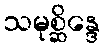
သမုစ္ဆိန္ဒေ